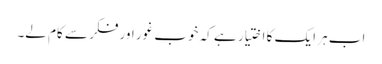
اب ہر ایک کا اختیار ہے کہ خوب غور اور فکر سے کام لے۔